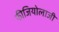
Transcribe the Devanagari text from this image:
फीजियोलाजी